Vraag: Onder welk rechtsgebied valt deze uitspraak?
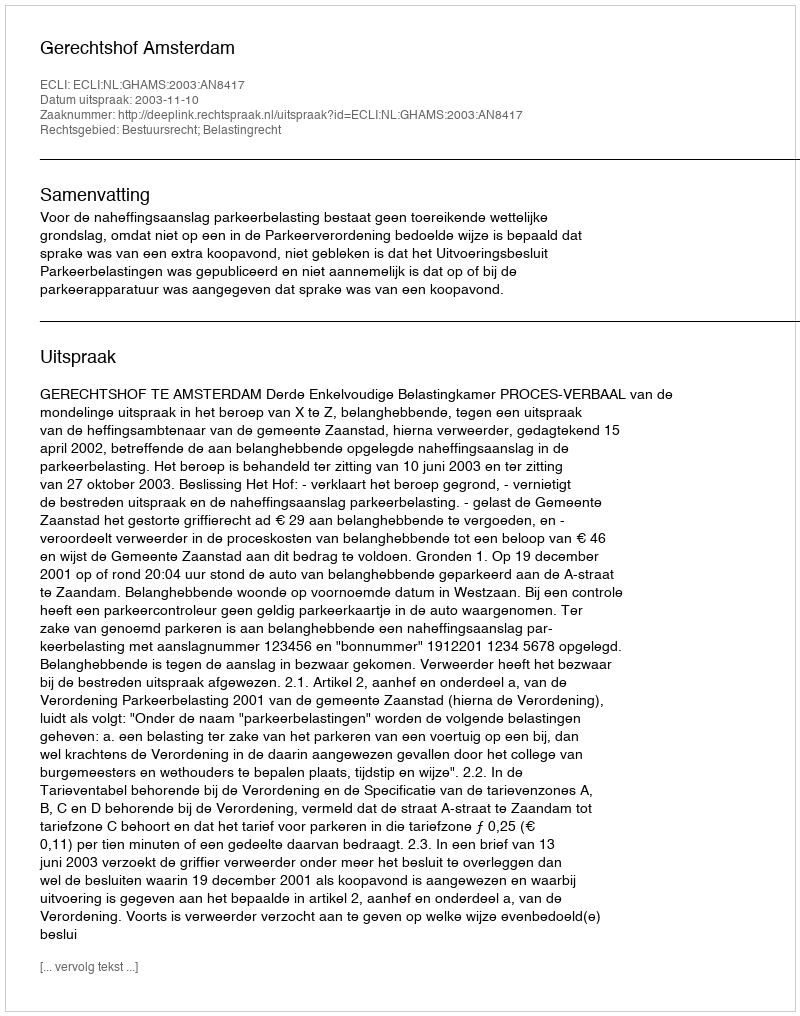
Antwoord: Bestuursrecht; Belastingrecht